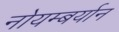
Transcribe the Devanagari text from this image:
नोयम्बर्यान